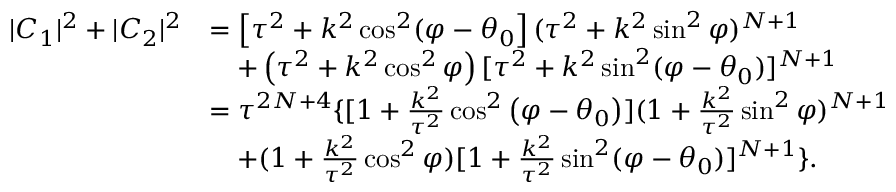
\begin{array} { r l } { | C _ { 1 } | ^ { 2 } + | C _ { 2 } | ^ { 2 } } & { = \left[ \tau ^ { 2 } + k ^ { 2 } \cos ^ { 2 } ( \varphi - \theta _ { 0 } \right] ( \tau ^ { 2 } + k ^ { 2 } \sin ^ { 2 } \varphi ) ^ { N + 1 } } \\ & { \quad + \left( \tau ^ { 2 } + k ^ { 2 } \cos ^ { 2 } \varphi \right) [ \tau ^ { 2 } + k ^ { 2 } \sin ^ { 2 } ( \varphi - \theta _ { 0 } ) ] ^ { N + 1 } } \\ & { = \tau ^ { 2 N + 4 } \{ [ 1 + \frac { k ^ { 2 } } { \tau ^ { 2 } } \cos ^ { 2 } \left( \varphi - \theta _ { 0 } \right) ] ( 1 + \frac { k ^ { 2 } } { \tau ^ { 2 } } \sin ^ { 2 } \varphi ) ^ { N + 1 } } \\ & { \quad + ( 1 + \frac { k ^ { 2 } } { \tau ^ { 2 } } \cos ^ { 2 } \varphi ) [ 1 + \frac { k ^ { 2 } } { \tau ^ { 2 } } \sin ^ { 2 } ( \varphi - \theta _ { 0 } ) ] ^ { N + 1 } \} . } \end{array}